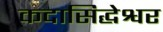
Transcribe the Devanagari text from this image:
कदासिद्धेश्वर